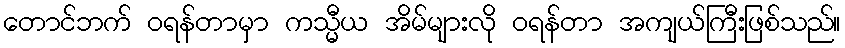
တောင်ဘက် ဝရန်တာမှာ ကသ္မီယ အိမ်များလို ဝရန်တာ အကျယ်ကြီးဖြစ်သည်။